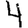
Digit: 4